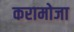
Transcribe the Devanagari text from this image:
करामोजा